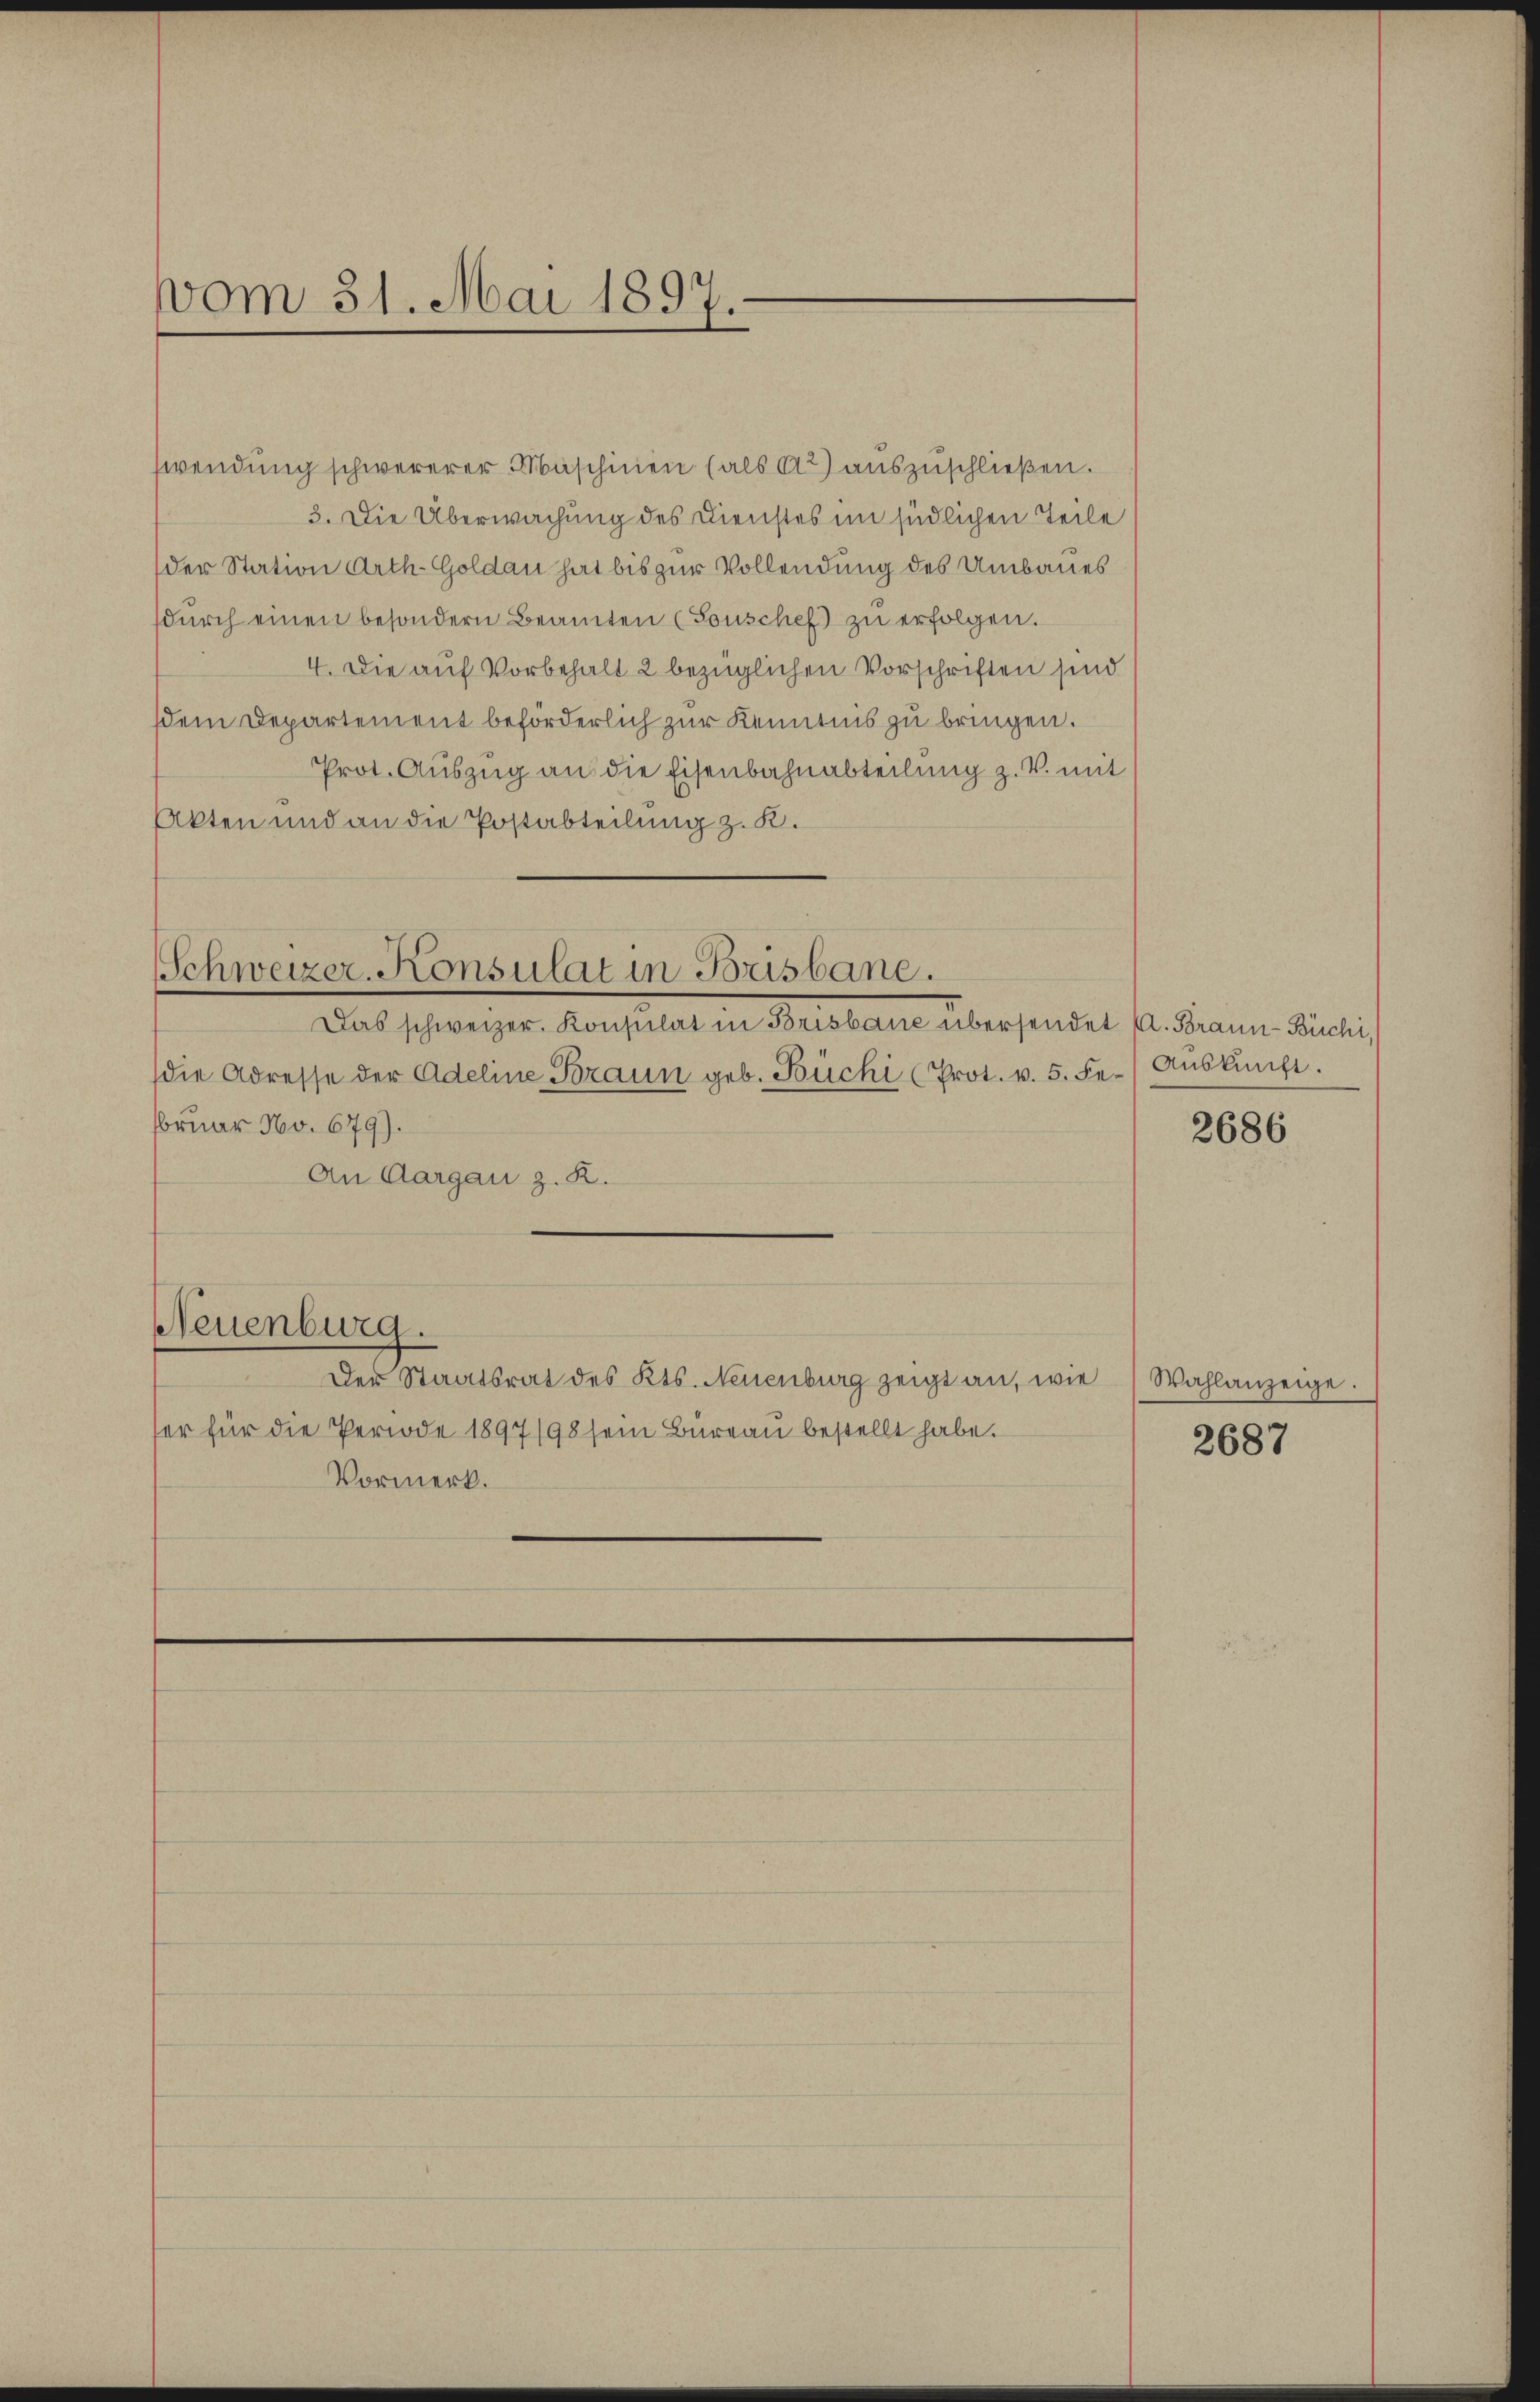
vom 31. Mai 1897.

wendung schwererer Maschinen (als 2) auszuschließen.
3. Die Überwachung des Dienstes im südlichen Teile
der Station Arth. Goldau hat bis zur Vollendung des Umbaues
dŭrch einen besondern Beamten (Sonschef zu erfolgen.
4. Die auf Vorbehalt 2 bezüglichen Vorschriften sind
em Departement beförderlich zur Kenntnis zu bringen.
Prot. Auszug an die Eisenbahnabteilung z. B. mit
Akten und an die Postabteilung z. K.

Schweizer. Konsulat in Brisbane.

Das schweiger Konsulat in Belleines über sendet sie dienen Punctis
die Adresse der Adeline Braun geb. Büchi (Prot. v. 5. Fe./ Aŭskŭnft.
bruar No. 679).
An Aargau z. R.
Neuenburg.
Der Staatsrat des Kts. Neuenburg zeigt an, wie
ser für die Periode 1897/98 sein Büreau bestellt habe.
Vormerk.

2686

Wahlanzeige.

2687